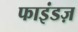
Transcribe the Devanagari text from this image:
फाइंडज़